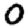
Digit: 0